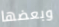
وبعضها